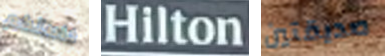
خاصتكم Hilton صديقتين